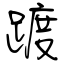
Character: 踱